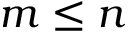
m \leq n